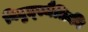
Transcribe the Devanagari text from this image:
विद्युत्स्थैतिकी